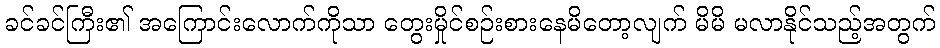
ခင်ခင်ကြီး၏ အကြောင်းလောက်ကိုသာ တွေးမှိုင်စဉ်းစားနေမိတော့လျက် မိမိ မလာနိုင်သည့်အတွက်